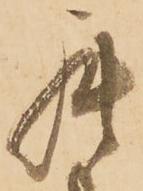
罷